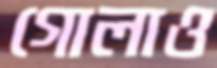
গোলাও